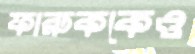
ফারুককেও